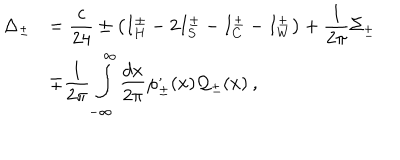
\begin{array} { r l } { { \displaystyle \Delta _ { \pm } } } & { { = \displaystyle \frac { c } { 2 4 } \pm \left( I _ { H } ^ { \pm } - 2 I _ { S } ^ { \pm } - I _ { C } ^ { \pm } - I _ { W } ^ { \pm } \right) + \displaystyle \frac { 1 } { 2 \pi } \Sigma _ { \pm } } } \\ { { } } & { { \mp \displaystyle \frac { 1 } { 2 \pi } \displaystyle \int _ { - \infty } ^ { \infty } \displaystyle \frac { d x } { 2 \pi } \varphi _ { \pm } ^ { , } ( x ) { \cal Q } _ { \pm } ( x ) \: , } } \\ \end{array}